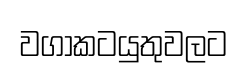
වගාකටයුතුවලට